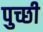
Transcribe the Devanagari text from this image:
पुच्छी